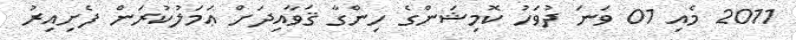
2011 މެއި 01 ވަނަ ދުވަހު ކޮމިޝަންގެ ހިންގާ ޤަވާއިދަށް ޢަމަލުކުރަން ފެށިއިރު